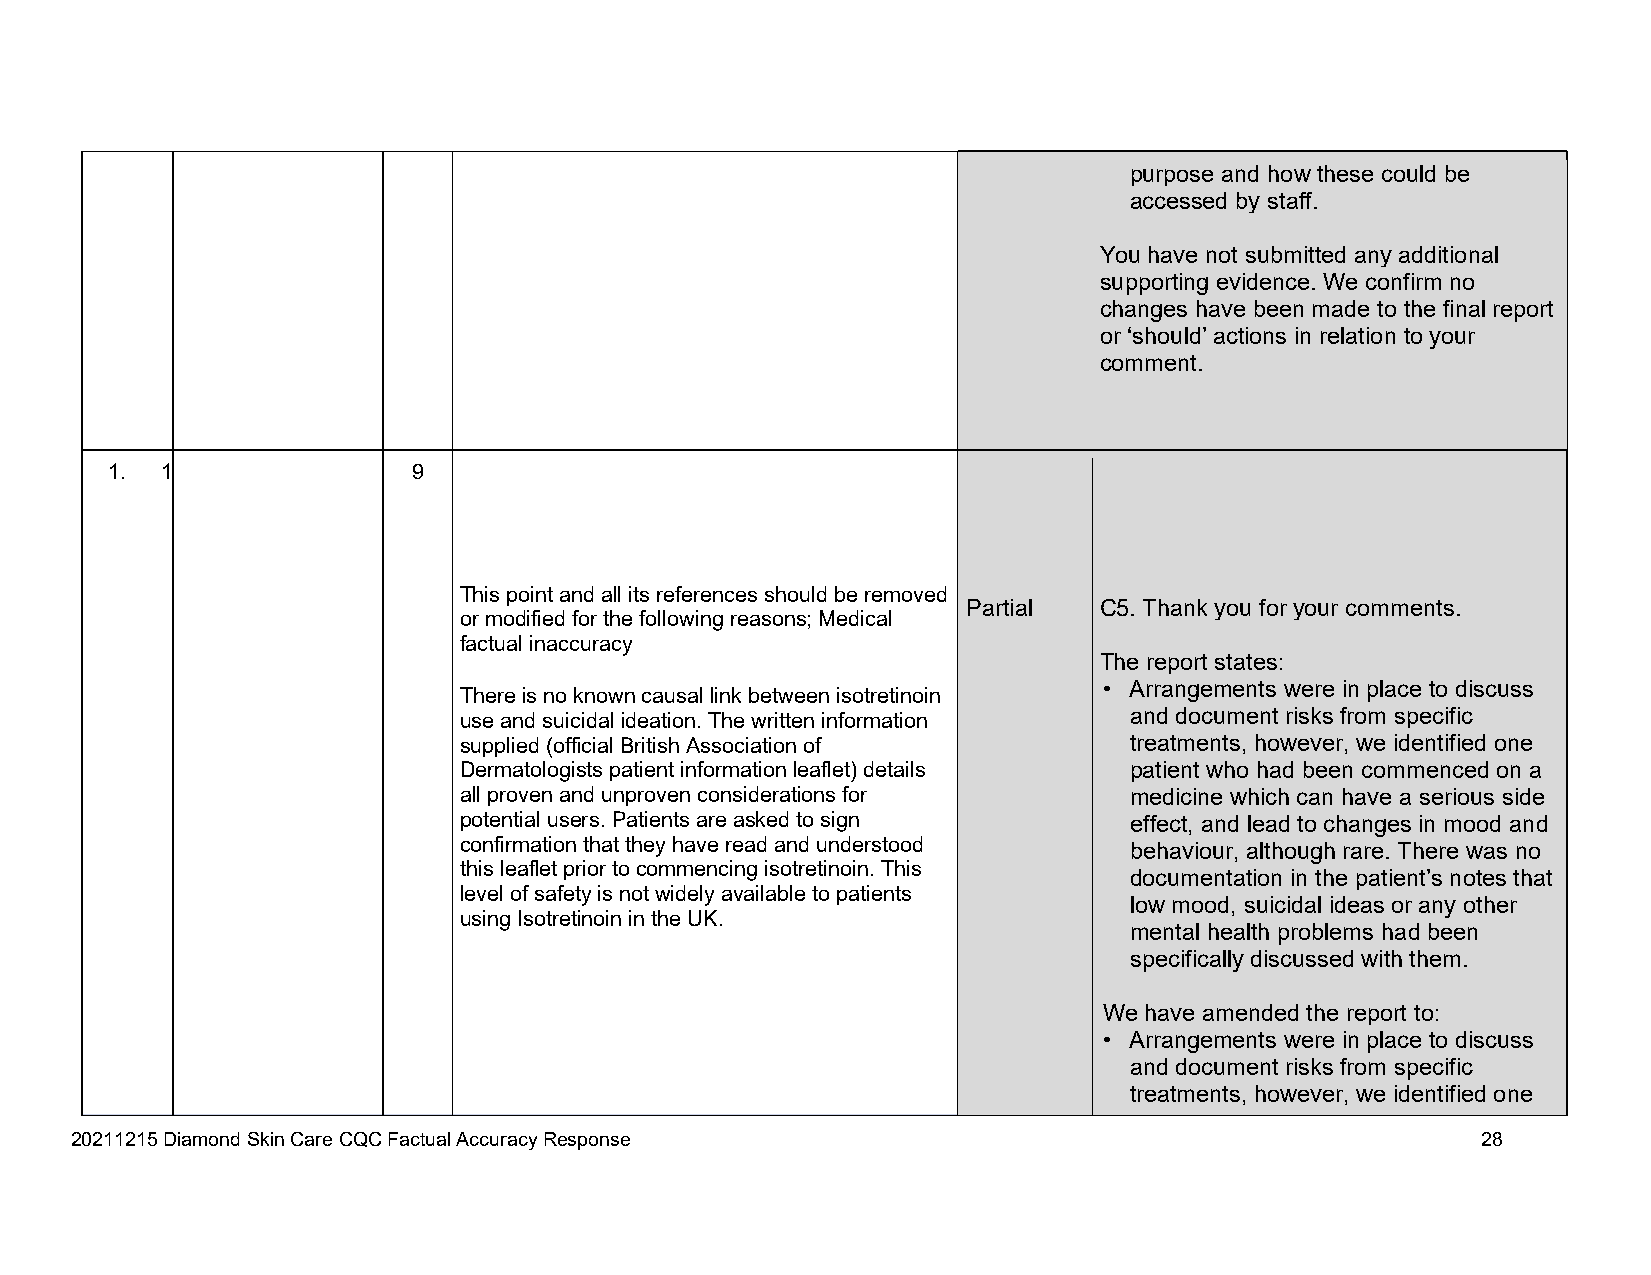
purpose and how these could be
 accessed by staff.
 You have not submitted any additional
 supporting evidence. We confirm no
 changes have been made to the final report
 or ‘should’ actions in relation to your
 comment.
 1.  1               9
 This point and all its references should be removed
 Partial  C5. Thank you for your comments.
 or modified for the following reasons; Medical
 factual inaccuracy
 The report states:
 • Arrangements were in place to discuss
 There is no known causal link between isotretinoin
 use and suicidal ideation. The written information and document risks from specific
 supplied (official British Association of    treatments, however, we identified one
 Dermatologists patient information leaflet) details patient who had been commenced on a
 all proven and unproven considerations for   medicine which can have a serious side
 potential users. Patients are asked to sign  effect, and lead to changes in mood and
 confirmation that they have read and understood behaviour, although rare. There was no
 this leaflet prior to commencing isotretinoin. This
 documentation in the patient’s notes that
 level of safety is not widely available to patients
 low mood, suicidal ideas or any other
 using Isotretinoin in the UK.
 mental health problems had been
 specifically discussed with them.
 We have amended the report to:
 • Arrangements were in place to discuss
 and document risks from specific
 treatments, however, we identified one
 20211215 Diamond Skin Care CQC Factual Accuracy Response                                     28